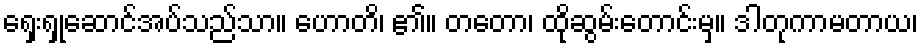
ရှေးရှုဆောင်အပ်သည်သာ။ ဟောတိ၊ ၏။ တတော၊ ထိုဆွမ်းတောင်းမှ။ ဒါတုကာမတာယ၊